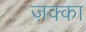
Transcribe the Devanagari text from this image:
ज़क्का